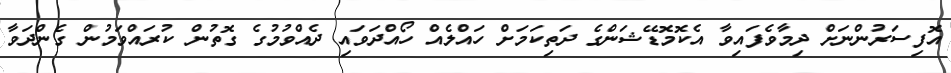
އޮފިސަރުންނަށް ދިމާވެފައިވާ އެކޮމޮޑޭޝަންގެ ދަތިކަމަށް ހައްލެއް ހޯއްދަވައި ދެއްވުމުގެ ގޮތުން ކުރައްވަމުން ގެންދަވާ